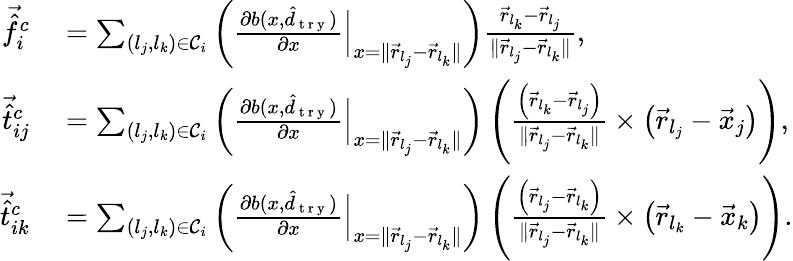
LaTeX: \begin{array}{rl}{\vec{\hat{f}}_{i}^{c}}&{{}=\sum_{(l_{j},l_{k})\in\mathcal C_{i}}\left(\frac{\partial b(x,\hat{d}_{\mathrm{~t~r~y~}})}{\partial x}\Big|_{x=\| \vec{r}_{l_{j}}-\vec{r}_{l_{k}}\| }\right)\frac{\vec{r}_{l_{k}}-\vec{r}_{l_{j}}}{\| \vec{r}_{l_{j}}-\vec{r}_{l_{k}}\| },}\\ {\vec{\hat{t}}_{ij}^{c}}&{{}=\sum_{(l_{j},l_{k})\in\mathcal C_{i}}\left(\frac{\partial b(x,\hat{d}_{\mathrm{~t~r~y~}})}{\partial x}\Big|_{x=\| \vec{r}_{l_{j}}-\vec{r}_{l_{k}}\| }\right)\left(\frac{\left(\vec{r}_{l_{k}}-\vec{r}_{l_{j}}\right)}{\| \vec{r}_{l_{j}}-\vec{r}_{l_{k}}\| }\times\left(\vec{r}_{l_{j}}-\vec{x}_{j}\right)\right),}\\ {\vec{\hat{t}}_{ik}^{c}}&{{}=\sum_{(l_{j},l_{k})\in\mathcal C_{i}}\left(\frac{\partial b(x,\hat{d}_{\mathrm{~t~r~y~}})}{\partial x}\Big|_{x=\| \vec{r}_{l_{j}}-\vec{r}_{l_{k}}\| }\right)\left(\frac{\left(\vec{r}_{l_{j}}-\vec{r}_{l_{k}}\right)}{\| \vec{r}_{l_{j}}-\vec{r}_{l_{k}}\| }\times\left(\vec{r}_{l_{k}}-\vec{x}_{k}\right)\right).}\end{array}